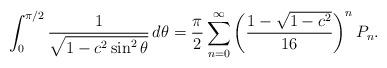
LaTeX: \begin{align*}\int_0^{\pi/2}\frac{1}{\sqrt{1-c^2\sin^2\theta}}\,d\theta=\frac{\pi}{2}\sum\limits_{n=0}^\infty \left(\frac{1-\sqrt{1-c^2}}{16}\right)^n P_n.\end{align*}